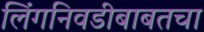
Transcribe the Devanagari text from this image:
लिंगनिवडीबाबतचा